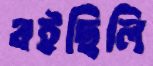
বইছিলি